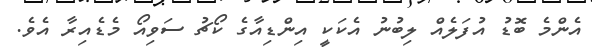
އެންމެ ބޮޑު އުފަލެއް ލިބުނު އެކަކީ އިންޑިއާގެ ކޯޗު ސަވިއޯ މެޑެއިރާ އެވެ.